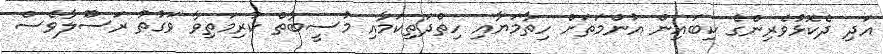
އަދި ދެކޮޅުވެރިންގެ ކިބައިން އުންމަތަށް ހިތާމަޔާއި ހިތްދަތިކަމާއި މުސީބާތް ކުރިމަތިވާ ވަގުތު ރަސޫލާވެސް